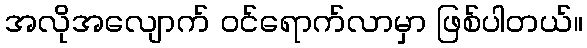
အလိုအလျောက် ဝင်ရောက်လာမှာ ဖြစ်ပါတယ်။